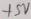
Text: +5V